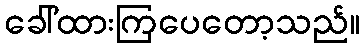
ခေါ်ထားကြပေတော့သည်။